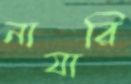
নাযারি